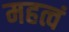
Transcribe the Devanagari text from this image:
महत्वं